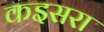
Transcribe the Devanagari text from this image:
कइसरा